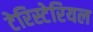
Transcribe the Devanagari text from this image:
टेरिस्टेरियल